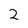
Character: 2